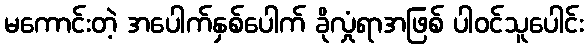
မကောင်းတဲ့ အပေါက်နှစ်ပေါက် ခိုလှုံရာအဖြစ် ပါဝင်သူပေါင်း